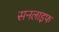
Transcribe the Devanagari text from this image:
सनलाइफ